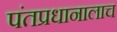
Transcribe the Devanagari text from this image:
पंतप्रधानालाच